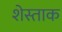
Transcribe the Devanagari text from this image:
शेस्ताक